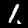
Digit: 1